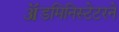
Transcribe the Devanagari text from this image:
ॲडमिनिस्टेटरने